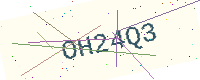
Text: OH24Q3